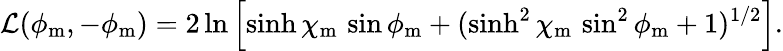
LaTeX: \mathcal{L}(\phi_{\mathrm{{m}}},-\phi_{\mathrm{{m}}})=2\ln\left[\sinh\chi_{\mathrm{{m}}}\, \sin\phi_{\mathrm{{m}}}+(\sinh^{2}\chi_{\mathrm{{m}}}\, \sin^{2}\phi_{\mathrm{{m}}}+1)^{1/2}\right].